Sketch of the medical history of the native army of Bombay, for the year
Year: 1872
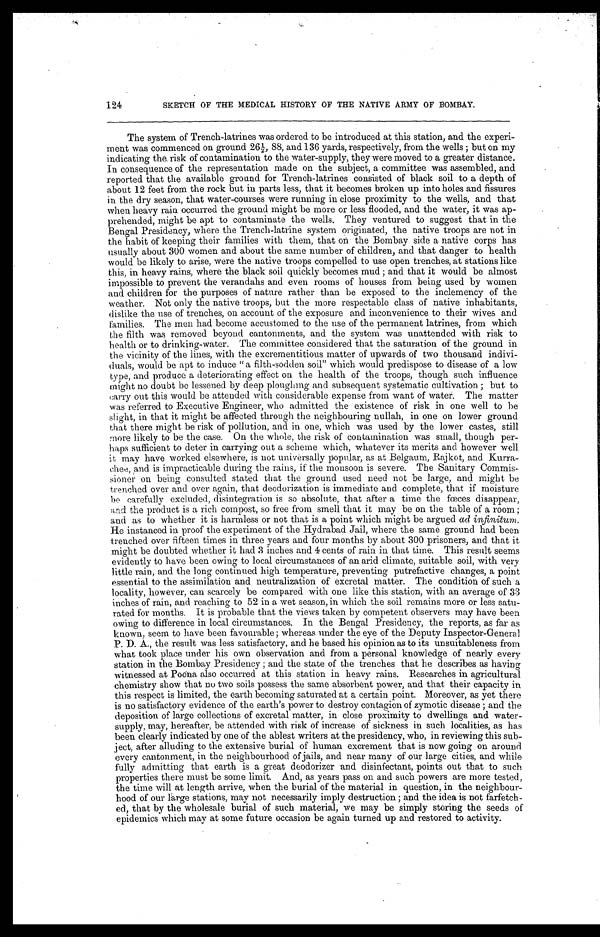
124
SKETCH OF THE MEDICAL HISTORY OF THE NATIVE ARMY OF BOMBAY.
The system of Trench-latrines was ordered to be introduced at this station, and the experi-
ment was commenced on ground 26 1/2, 88, and 136 yards, respectively, from the wells ; but on my
indicating the risk of contamination to the water-supply, they were moved to a greater distance.
In consequence of the representation made on the subject, a committee was assembled, and
reported that the available ground for Trench-latrines consisted of black soil to a depth of
about 12 feet from the rock but in parts less, that it becomes broken up into holes and fissures
in the dry season, that water-courses were running in close proximity to the wells, and that
when heavy rain occurred the ground might be more or less flooded, and the water, it was ap-
prehended, might be apt to contaminate the wells. They ventured to suggest that in the
Bengal Presidency, where the Trench-latrine system originated, the native troops are not in
the habit of keeping their families with them, that on the Bombay side a native corps has
usually about 300 women and about the same number of children, and that danger to health
would be likely to arise, were the native troops compelled to use open trenches, at stations like
this, in heavy rains, where the black soil quickly becomes mud ; and that it would be almost
impossible to prevent the verandahs and even rooms of houses from being used by women
and children for the purposes of nature rather than be exposed to the inclemency of the
weather. Not only the native troops, but the more respectable class of native inhabitants,
dislike the use of trenches, on account of the exposure and inconvenience to their wives and
families. The men had become accustomed to the use of the permanent latrines, from which
the filth was removed beyond cantonments, and the system was unattended with risk to
health or to drinking-water. The committee considered that the saturation of the ground in
the vicinity of the lines, with the excrementitious matter of upwards of two thousand indivi-
duals, would be apt to induce "a filth-sodden soil" which would predispose to disease of a low
type, and produce a deteriorating effect on the health of the troops, though such influence
might no doubt be lessened by deep ploughing and subsequent systematic cultivation ; but to
carry out this would be attended with considerable expense from want of water. The matter
was referred to Executive Engineer, who admitted the existence of risk in one well to be
slight, in that it might be affected through the neighbouring nullah, in one on lower ground
that there might be risk of pollution, and in one, which was used by the lower castes, still
more likely to be the case. On the whole, the risk of contamination was small, though per-
haps sufficient to deter in carrying out a scheme which, whatever its merits and however well
it may have worked elsewhere, is not universally popular, as at Belgaum, Rajkot, and Kurra-
chee, and is impracticable during the rains, if the monsoon is severe. The Sanitary Commis
sioner on being consulted stated that the ground used need not be large, and might be
trenched over and over again, that deodorization is immediate and complete, that if moisture
be carefully excluded, disintegration is so absolute, that after a time the fœces disappear,
and the product is a rich compost, so free from smell that it may be on the table of a room ;
and as to whether it is harmless or not that is a point which might be argued ad infinitum.
He instanced in proof the experiment of the Hydrabad Jail, where the same ground had been
trenched over fifteen times in three years and four months by about 300 prisoners, and that it
might be doubted whether it had 3 inches and 4 cents of rain in that time. This result seems
evidently to have been owing to local circumstances of an arid climate, suitable soil, with very
little rain, and the long continued high temperature, preventing putrefactive changes, a point
essential to the assimilation and neutralization of excretal matter. The condition of such a
locality, however, can scarcely be compared with one like this station, with an average of 33
inches of rain, and reaching to 52 in a wet season, in which the soil remains more or less satu-
rated for months. It is probable that the views taken by competent observers may have been
owing to difference in local circumstances. In the Bengal Presidency, the reports, as far as
known, seem to have been favourable ; whereas under the eye of the Deputy Inspector-General
P . D . A . , t h e r e s u l t w a s l e s s s a t i s f a c t o r y , a n d h e b a s e d h i s o p i n i o n a s t o i t s u n s u i t a b l e n e s s f r o m
what took place under his own observation and from a personal knowledge of nearly every
station in the Bombay Presidency ; and the state of the trenches that he describes as having
witnessed at Poona also occurred at this station in heavy rains. Researches in agricultural
chemistry show that no two soils possess the same absorbent power, and that their capacity in
this respect is limited, the earth becoming saturated at a certain point. Moreover, as yet there
is no satisfactory evidence of the earth's power to destroy contagion of zymotic disease ; and the
deposition of large collections of excretal matter, in close proximity to dwellings and water-
supply, may, hereafter, be attended with risk of increase of sickness in such localities, as has
been clearly indicated by one of the ablest writers at the presidency, who, in reviewing this sub
- ject, after alluding to the extensive burial of human excrement that is now going on around
every cantonment, in the neighbourhood of jails, and near many of our large cities, and while
fully admitting that earth is a great deodorizer and disinfectant, points out that to such
properties there must be some limit. And, as years pass on and such powers are more tested,
the time will at length arrive, when the burial of the material in question, in the neighbour-
hood of our large stations, may not necessarily imply destruction ; and the idea is not farfetch-
ed, that by the wholesale burial of such material, we may be simply storing the seeds of
epidemics which may at some future occasion be again turned up and restored to activity.